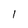
Character: l